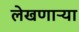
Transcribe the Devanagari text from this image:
लेखणाऱ्या